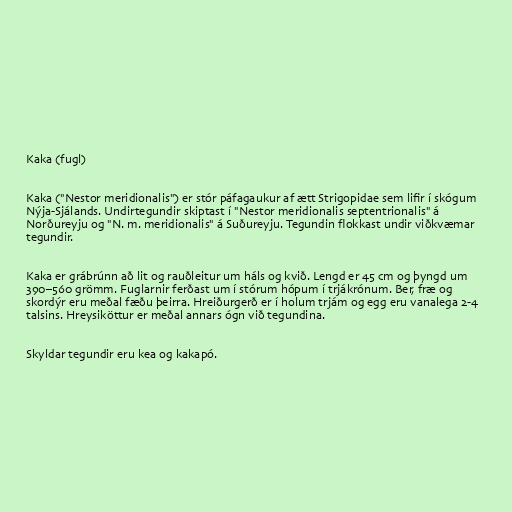
Kaka (fugl)

Kaka ("Nestor meridionalis") er stór páfagaukur af ætt Strigopidae sem lifir í skógum
Nýja-Sjálands. Undirtegundir skiptast í "Nestor meridionalis septentrionalis" á
Norðureyju og "N. m. meridionalis" á Suðureyju. Tegundin flokkast undir viðkvæmar
tegundir.

Kaka er grábrúnn að lit og rauðleitur um háls og kvið. Lengd er 45 cm og þyngd um
390–560 grömm. Fuglarnir ferðast um í stórum hópum í trjákrónum. Ber, fræ og
skordýr eru meðal fæðu þeirra. Hreiðurgerð er í holum trjám og egg eru vanalega 2-4
talsins. Hreysiköttur er meðal annars ógn við tegundina.

Skyldar tegundir eru kea og kakapó.